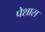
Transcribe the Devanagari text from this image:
पेशास